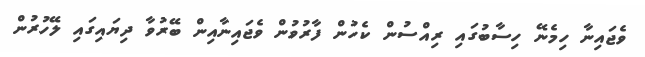
ވެޖައިނާ ހިމެނޭ ހިސާބުގައި ރިއްސުން ކެހުން ފާރުވުން ވެޖައިނާއިން ބޭރުވާ ދިޔައިގައި ލޭހުރުން